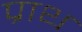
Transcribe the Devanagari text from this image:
प्राथ